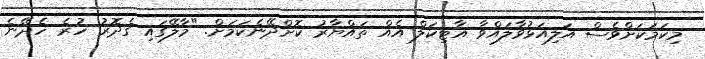
މިކަމަކަށްވެސް އަލިއަޅުވާލައްވާ އާޓިކަލް އެއް ތައްޔާރު ކޮށްދޭނެކަމަށް. "މާލޭގައި ގެދޮރު ހުރެ ހެދޭނެ